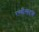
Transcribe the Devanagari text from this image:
रग्बीसदृश